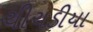
ચીચડીયા